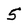
Character: 5